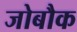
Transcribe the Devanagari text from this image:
जोबौक